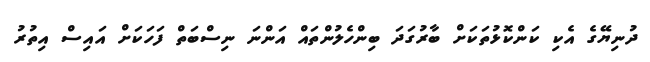
ދުނިޔޭގެ އެކި ކަންކޮޅުތަކަށް ބާރުގަދަ ބިންހެލުންތައް އަންނަ ނިސްބަތް ފަހަކަށް އައިސް އިތުރު